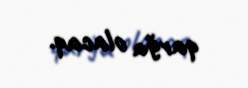
qarğa olacaq.